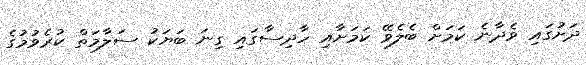
ދަށުގައި ވެދާނެ ކަމަށް ބެލެވޭ ކަމަށާއި ހާދިސާގައި ގިނަ ބަޔަކު ސަލާމަތް ކުރެވުމުގެ